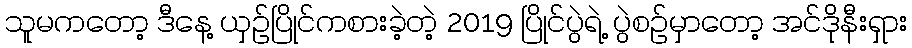
သူမကတော့ ဒီနေ့ ယှဉ်ပြိုင်ကစားခဲ့တဲ့ 2019 ပြိုင်ပွဲရဲ့ ပွဲစဉ်မှာတော့ အင်ဒိုနီးရှား